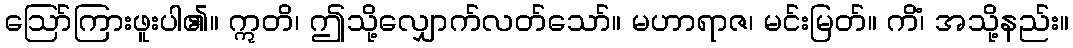
ဩော်ကြားဖူးပါ၏။ ဣတိ၊ ဤသို့လျှောက်လတ်သော်။ မဟာရာဇ၊ မင်းမြတ်။ ကိံ၊ အသို့နည်း။